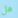
هل